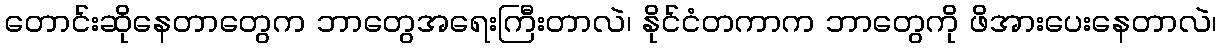
တောင်းဆိုနေတာတွေက ဘာတွေအရေးကြီးတာလဲ၊ နိုင်ငံတကာက ဘာတွေကို ဖိအားပေးနေတာလဲ၊